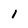
Character: 1